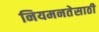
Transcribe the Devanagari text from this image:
नियमनतेसाठी